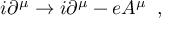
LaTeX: i \partial ^ { \mu } \rightarrow i \partial ^ { \mu } - e A ^ { \mu } \; \; ,